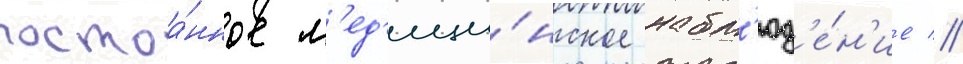
постоа́нное м'ед'ици́нское набл'юд'е́н'ие //